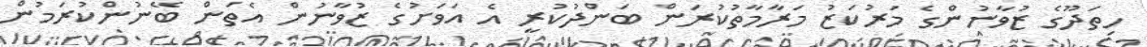
ހިތަދޫގެ ޒުވާނުންގެ މަރުކަޒު މަރާމާތުކުރަން ބަންދުކުރީ އެ އަވަށުގެ ޒުވާނުން އެތަން ބޭނުންކުރަމުން